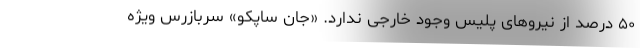
۵۰ درصد از نیروهای پلیس وجود خارجی ندارد. «جان ساپکو» سربازرس ویژه